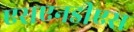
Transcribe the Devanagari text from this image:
एसएनडीएस